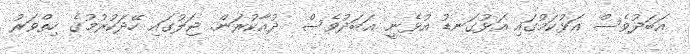
އަބަދުވެސް އަޅުކަމުގައި އަޅުގަނޑު އުޅެނީ. އަބަދުވެސް  ދުއާކުރަން. ޖަލުގައި ހޭދަކުރުމުގެ ހިތްވަރު